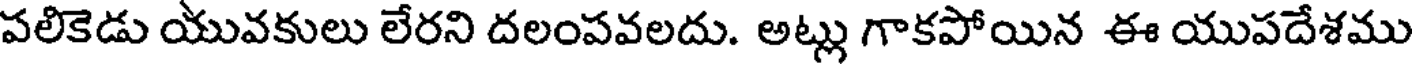
పలికెడు యువకులు లేరని దలంపవలదు. అట్లు గాకపోయిన ఈ యుపదేశము